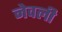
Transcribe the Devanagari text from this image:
नेवली